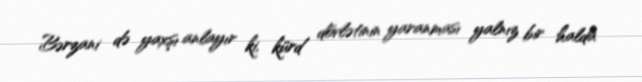
Bərzani də yaxşı anlayır ki, kürd dövlətinin yaranması yalnız bir halda